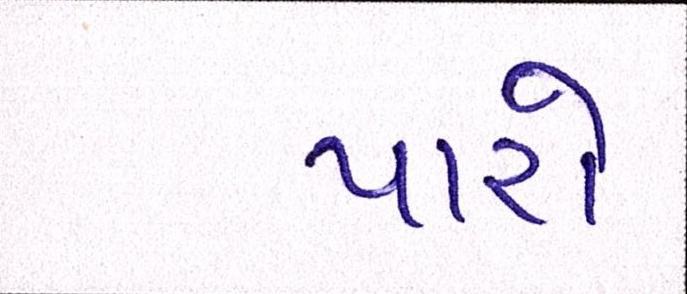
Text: પારો